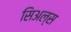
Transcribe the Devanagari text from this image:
सिअल्स